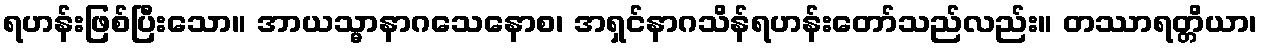
ရဟန်းဖြစ်ပြီးသော။ အာယသ္မာနာဂသေနောစ၊ အရှင်နာဂသိန်ရဟန်းတော်သည်လည်း။ တဿာရတ္တိယာ၊